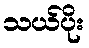
သယ်ပိုး